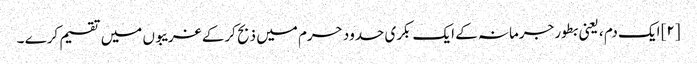
[۲] ایک دم ، یعنی بطور جرمانہ کے ایک بکری حدود حرم میں ذبح کرکے غریبوں میں تقسیم کرے ۔